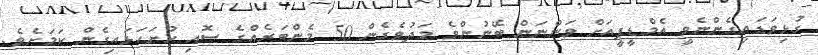
ގުޅިވަޑައިގެންނެވީ އެމްޑީޕީއަށް ވަންނަން ބޭނުންވެ މަދުވެގެން 50 މެންބަރެއްގެ ސޮއި ހުށަހަޅައިގެން ކަމަށެވެ.